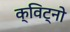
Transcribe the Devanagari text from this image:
क्विट्नो